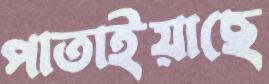
পাতাইয়াছে